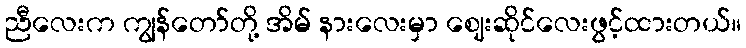
ညီလေးက ကျွန်တော်တို့ အိမ် နားလေးမှာ ဈေးဆိုင်လေးဖွင့်ထားတယ်။